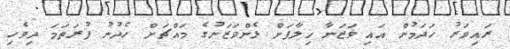
ރައިވަރު ހަދަމުން އައި ވަޒަނާ ޚިލާފަށް ޅެންވަޒަނުގެ މައްޗަށް ހެދުނު ފުރަތަމަ ދިވެހި